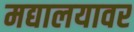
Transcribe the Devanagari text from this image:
मद्यालयावर